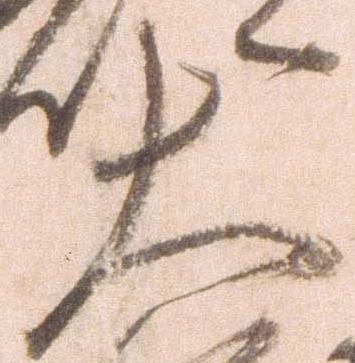
大